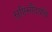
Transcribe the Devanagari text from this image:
सृष्टिसौंदर्याचे